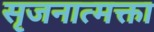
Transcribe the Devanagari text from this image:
सृजनात्मक्ता